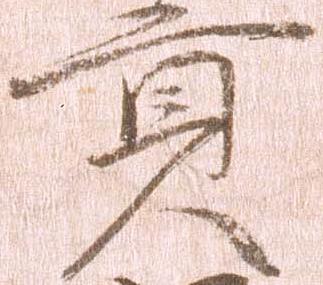
貢